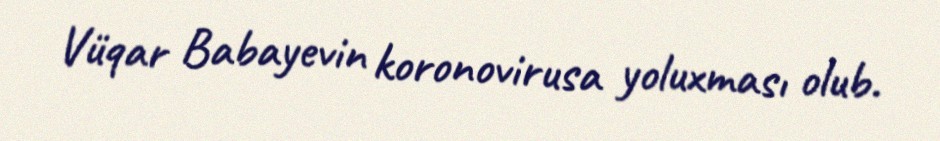
Vüqar Babayevin koronovirusa yoluxması olub.